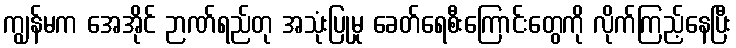
ကျွန်မက အေအိုင် ဉာဏ်ရည်တု အသုံးပြုမှု ခေတ်ရေစီးကြောင်းတွေကို လိုက်ကြည့်နေပြီး